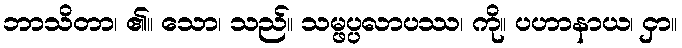
ဘာသိတာ၊ ၏။ သော၊ သည်။ သမ္ဖပ္ပလာပဿ၊ ကို။ ပဟာနာယ၊ ငှာ။